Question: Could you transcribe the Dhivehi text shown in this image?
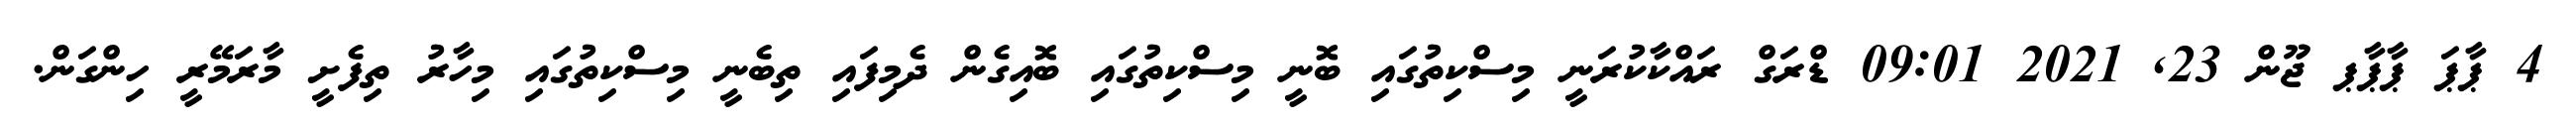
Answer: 4 ޕާޕަ ޕާޕާޕ ޖޫން 23, 2021 09:01 ޑްރަގް ރައްކާކުރަނީ މިސްކިތުގައި ބޮނީ މިސްކިތުގައި ބޮއިގެން ދެމިފައި ތިބެނީ މިސްކިތުގައި މިހާރު ތިފެށީ މާރަމޭރީ ހިންގަން.